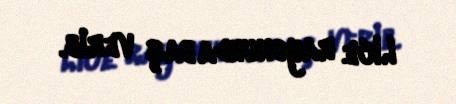
Lice rayonunda baş verib.